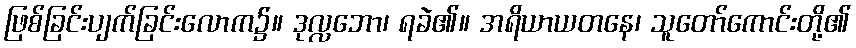
ဖြစ်ခြင်းပျက်ခြင်းလောက၌။ ဒုလ္လဘော၊ ရခဲ၏။ အရိယာယတနေ၊ သူတော်ကောင်းတို့၏